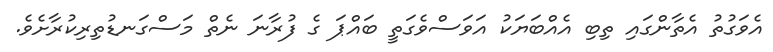
އެވަގުތު އެތާންގައި ތިބި އެއްބަޔަކު އަވަސްވެގަތީ ބައްޕަ ގެ ފުރާނަ ނެތް މަސްގަނޑުތިރިކުރާށެވެ.